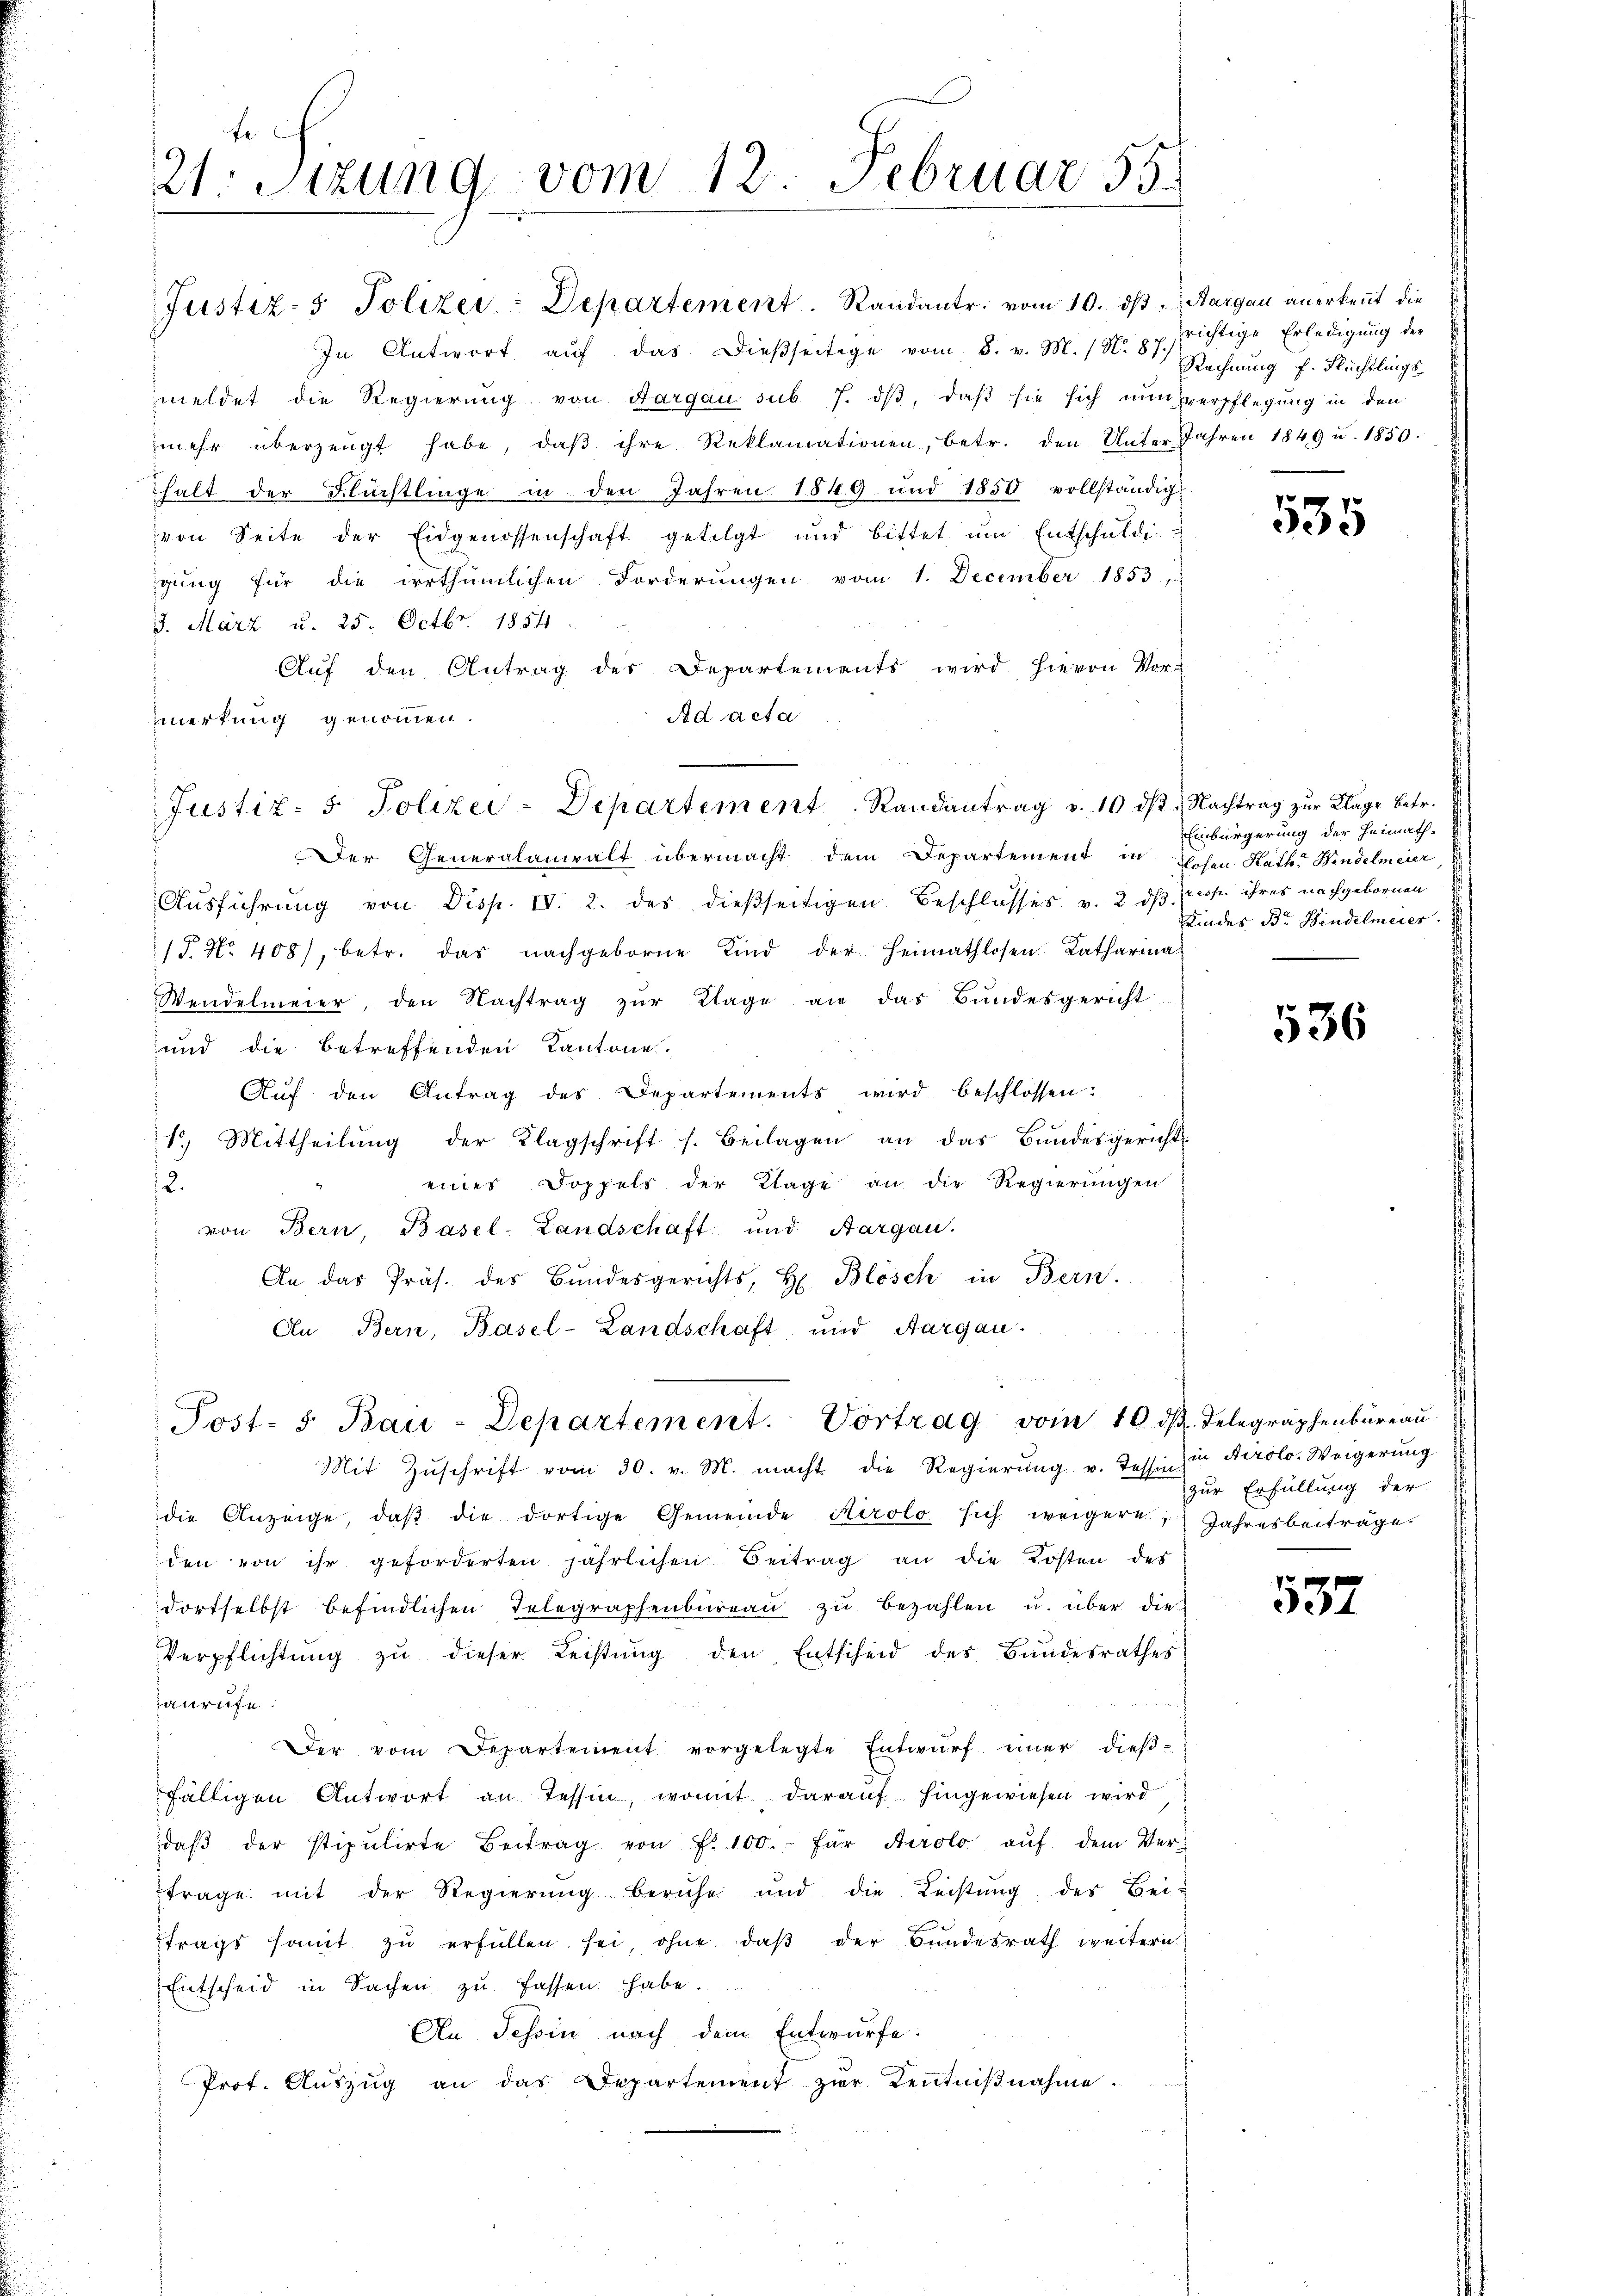
fe
21. Sitzung vom 12. Februar 55.

Justiz- & Polizei: Departement. Randantr. vom 10. ds. Aargau anerkennt die
In Antwort auf das dießseitige vom 8. v. M. (N. Rechnung f. Flüchtlings
meldet die Regierung von Aargau sub 7. dβ, daß sie sich nun verpflegung in den
mehr überzeugt habe, daβ ihre Reklamationen, betr. den Unter Jahren 1849 u. 1850.
halt der Flüchtlinge in den Jahren 1849 und 1850 vollständig
von Seite der Eidgenossenschaft getilgt und bittet ŭm Entschŭldi
gŭng für die irrthümlichen Forderŭngen vom 1. December 1853.
3. März u. 25. Octbr. 1854
Auf den Antrag des Departements wird hievon Vor-
Ad acta
merkung genommen.
Der Generalanwalt übermacht dem Departement in Hohen Kath. Bindelmeier,
Aŭsführung von Disp. IV. 2. des dießseitigen Beschlusses v. 2 dβ. (resp. ihres nachgebornen
17. No 408), betr. das nachgeborne Kind der Heimathlosen Katharina
Wendelmeier, den Nachtrag zŭr Klage an das Bundesgericht
und die betreffenden Kantone.
Aŭf den Antrag des Departements wird beschlossen:
1.) Mittheilŭng der Klagschrift s. Beilagen an das Bŭndesgericht.
eines Doppels der Klage an die Regierungen
12.
von Bern Basel-Landschaft und Aargau.
An das Präs. des Bŭndesgerichts, H. Blösch in Bern.
An Bern, Basel-Landschaft und Aargau.

Justiz- & Polizei-Departement. Randantrag v. 10 dβ. Nachtrag zŭr Klage betr.

Post- 5. Bau-Departement. Vortrag vom 16. dβ. Telegraphenbüreaŭ.

Mit Zŭschrift vom 30. v. M. macht die Regierŭng u. Tessin zin Airolo. Weigerŭng
die Anzeige, daβ die dortige Gemeinde Hirolo sich weigere Jahresbeiträge.
den von ihr geforderten jährlichen Beitrag an die Kosten des
dortselbst befindlichen Telegraphenbüreaŭ zŭ bezahlen u. über die
Verpflichtŭng zŭ dieser Leistŭng den Entscheid des Bundesrathes
anrufe.
Der vom Departement vorgelegte Entwŭrf einer dieβ-
fälligen Antwort an Tessin, womit darauf hingewiesen wird,
daβ der stipulirte Beitrag von Fr. 100.- für Airolo aŭf dem Ver-
trage mit der Regierŭng beruhe und die Leistŭng des Bei-
trags samt zŭ erfüllen sei, ohne daβ der Bŭndesrath weitern
Entscheid in Sachen zŭ fassen habe.
An Tessin nach dem Entwurfe:
Prot. Aŭszŭg an das Departement zŭr Kenntniβnahme.

richtige Erledigung der

535

Einbürgerung der Heimath-
Kindes Br. Handelmeier.

536

zur Erfüllung der

532